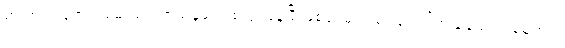
မားဘာ့ဂ် ရောဂါ စမ်းသပ် ကုသမှုတွေ စလုပ်နေပြီ ဖြစ်ပေမဲ့လည်း ရောဂါကုသနည်း ဒါမှမဟုတ်